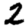
Digit: 2